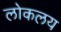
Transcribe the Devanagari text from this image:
लोकलय